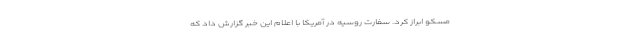
مسکو ابراز کرد. سفارت روسیه در آمریکا با اعلام این خبر گزارش داد که